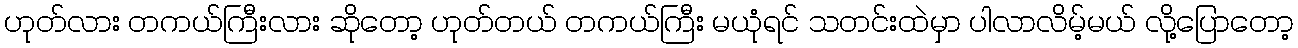
ဟုတ်လား တကယ်ကြီးလား ဆိုတော့ ဟုတ်တယ် တကယ်ကြီး မယုံရင် သတင်းထဲမှာ ပါလာလိမ့်မယ် လို့ပြောတော့